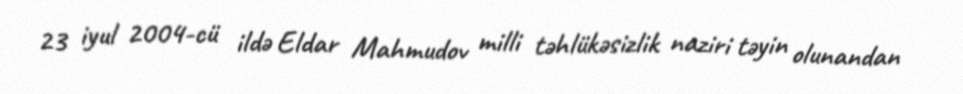
23 iyul 2004-cü ildə Eldar Mahmudov milli təhlükəsizlik naziri təyin olunandan